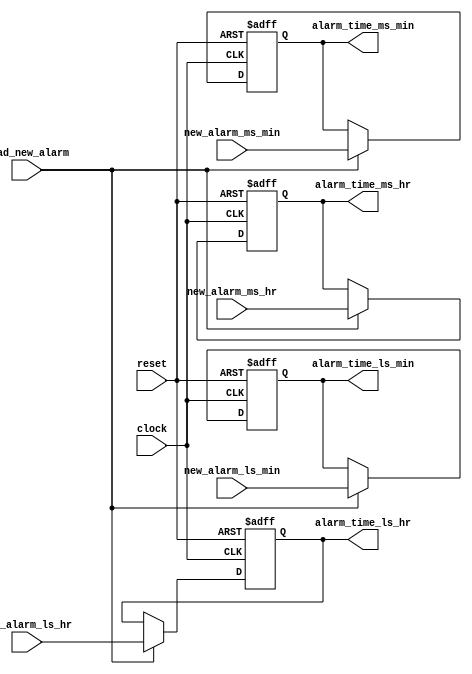
/********************************************************************************************
Filename:	alarm_reg.v   

Description:	This is a functional description of alarm register unit .
                It is a lodable register which stores the alarm time .


*********************************************************************************************/

module alarm_reg (new_alarm_ms_hr,
              new_alarm_ls_hr,
              new_alarm_ms_min,
              new_alarm_ls_min,
              load_new_alarm,
              clock,
              reset,
              alarm_time_ms_hr,
              alarm_time_ls_hr,
              alarm_time_ms_min,
              alarm_time_ls_min );

// Define input and output port directions
input [3:0]new_alarm_ms_hr,
           new_alarm_ls_hr,
           new_alarm_ms_min,
           new_alarm_ls_min;

input load_new_alarm;
input clock;
input reset;

output reg [3:0] alarm_time_ms_hr,
                 alarm_time_ls_hr,
                 alarm_time_ms_min,
                 alarm_time_ls_min;

//Lodable Register which stores alarm time  
always @ (posedge clock or posedge reset)
begin
  // Upon reset, store reset value(1'b0) to the alarm_time registers
  if(reset)
  begin
    alarm_time_ms_hr  <= 4'b0;
    alarm_time_ls_hr  <= 4'b0;
    alarm_time_ms_min <= 4'b0;
    alarm_time_ls_min <= 4'b0;
  end
// If no reset, check for load_new_alarm signal and load new_alarm time to alarm_time registers
  else if(load_new_alarm)
  begin
    alarm_time_ms_hr  <= new_alarm_ms_hr;
    alarm_time_ls_hr  <= new_alarm_ls_hr;
    alarm_time_ms_min <= new_alarm_ms_min;
    alarm_time_ls_min <= new_alarm_ls_min;
  end
end

endmodule